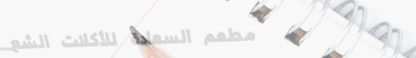
مطعم السعادة للأكلات الشع